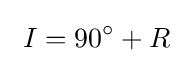
\ I=90^{\circ }+R\